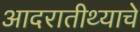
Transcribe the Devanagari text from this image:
आदरातीथ्याचे